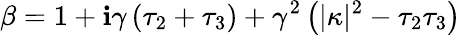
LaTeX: \beta=1+\mathbf{i}\gamma\left(\tau_{2}+\tau_{3}\right)+\gamma^{2}\left(|\kappa|^{2}-\tau_{2}\tau_{3}\right)